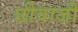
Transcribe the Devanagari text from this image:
छीवाजी